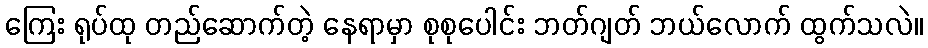
ကြေး ရုပ်ထု တည်ဆောက်တဲ့ နေရာမှာ စုစုပေါင်း ဘတ်ဂျတ် ဘယ်လောက် ထွက်သလဲ။